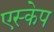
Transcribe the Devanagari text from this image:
एस्‍केप